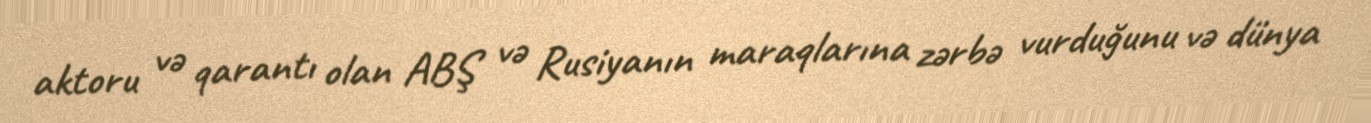
aktoru və qarantı olan ABŞ və Rusiyanın maraqlarına zərbə vurduğunu və dünya